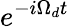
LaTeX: e^{-i\Omega_{d}t}